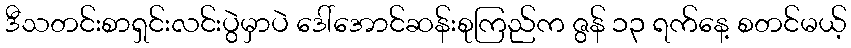
ဒီသတင်းစာရှင်းလင်းပွဲမှာပဲ ဒေါ်အောင်ဆန်းစုကြည်က ဇွန် ၁၃ ရက်နေ့ စတင်မယ့်